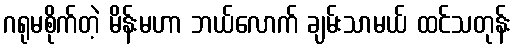
ဂရုမစိုက်တဲ့ မိန်းမဟာ ဘယ်လောက် ချမ်းသာမယ် ထင်သတုန်း